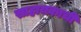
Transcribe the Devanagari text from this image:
साहायकाची